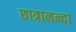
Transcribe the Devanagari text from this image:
छात्रानन्दा